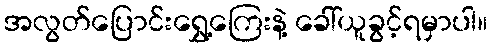
အလွတ်ပြောင်းရွှေ့ကြေးနဲ့ ခေါ်ယူခွင့်ရမှာပါ။